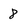
Character: 8